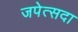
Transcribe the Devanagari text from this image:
जपेत्सदा